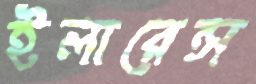
ইলারেন্স